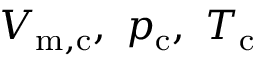
V _ { \mathrm { m , c } } , \ p _ { \mathrm { c } } , \ T _ { \mathrm { c } }